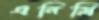
এনিগ্রি